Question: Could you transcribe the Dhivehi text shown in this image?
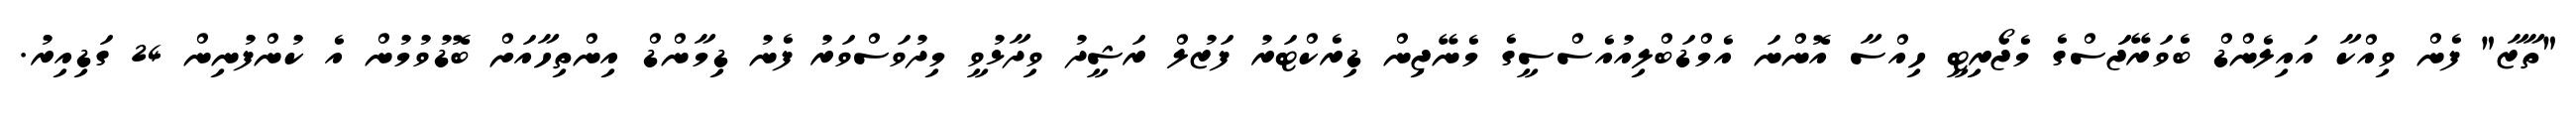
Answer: "ތާޒާ" ފެން ވިއްކާ އައިލެންޑް ބެވަރޭޖަަސްގެ މެޖޯރިޓީ ހިއްސާ އޮންނަ އެމްޑަބްލިއުއެސްސީގެ މެނޭޖިން ޑިރެކްޓަރު ފަޒުލް ރަޝީދު ވިދާޅުވީ މިދުވަސްވަރު ފެނު ޑިމާންޑް އިންތިހާއަށް ބޮޑުވުމުން އެ ކުންފުނިން 24 ގަޑިއިރު.